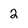
Character: 2